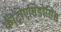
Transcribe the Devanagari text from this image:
कीटोएसिडोसिस